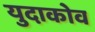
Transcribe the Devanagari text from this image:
युदाकोव